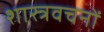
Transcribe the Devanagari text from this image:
शास्त्रवचनों